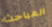
المباحث